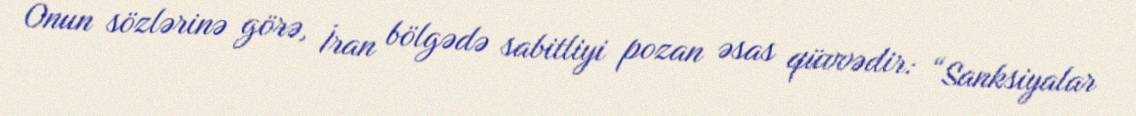
Onun sözlərinə görə, İran bölgədə sabitliyi pozan əsas qüvvədir: “Sanksiyalar